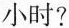
小时?